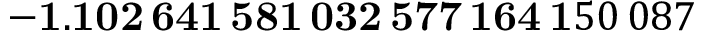
\mathbf { - 1 . 1 0 2 \, 6 4 1 \, 5 8 1 \, 0 3 2 \, 5 7 7 \, 1 6 4 \, 1 } 5 0 \, 0 8 7